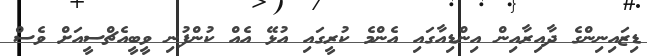
ޑިޒައިނިންގެ ދާއިރާއިން އިންޑިއާގައި އެންމެ ކުރީގައި އުޅޭ އެއް ކުންފުނި ވީބީއެޗްސީއަށް ވެސް